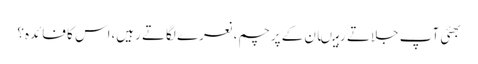
بھئی آپ جلاتے رہیںان کے پرچم،نعرے لگاتے رہیں،اس کا فائدہ؟